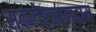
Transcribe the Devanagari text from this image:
सकलेष्टकामदाम